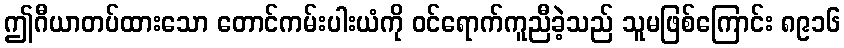
ဤဂီယာတပ်ထားသော တောင်ကမ်းပါးယံကို ဝင်ရောက်ကူညီခဲ့သည် သူမဖြစ်ကြောင်း ၈၉၁၆